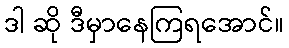
ဒါ ဆို ဒီမှာနေကြရအောင်။